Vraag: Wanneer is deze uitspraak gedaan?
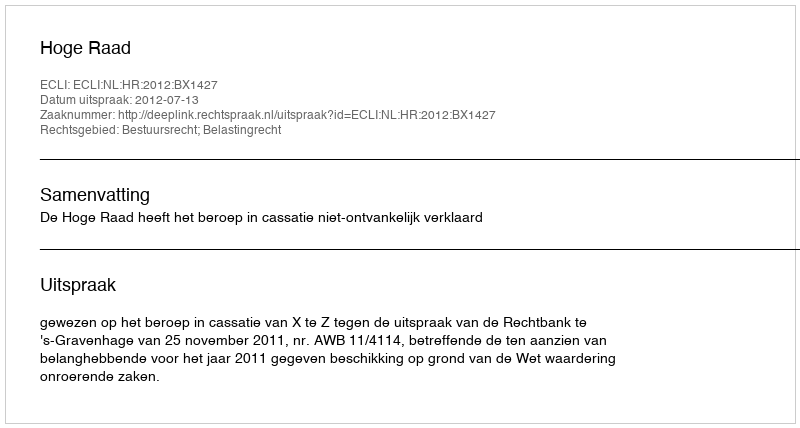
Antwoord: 2012-07-13